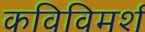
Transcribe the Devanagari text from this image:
कविविमर्श